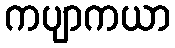
ကပျာကယာ